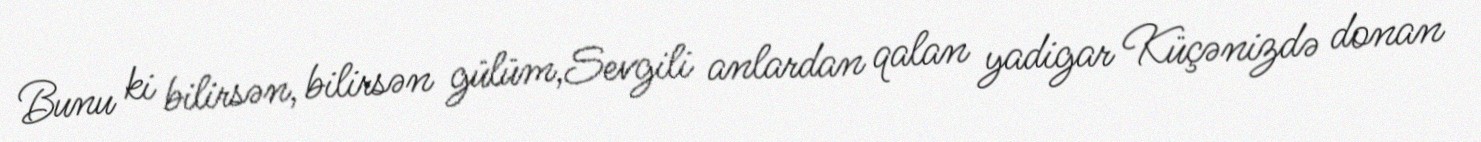
Bunu ki bilirsən, bilirsən gülüm,Sevgili anlardan qalan yadigar Küçənizdə donan